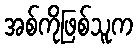
အစ်ကိုဖြစ်သူက